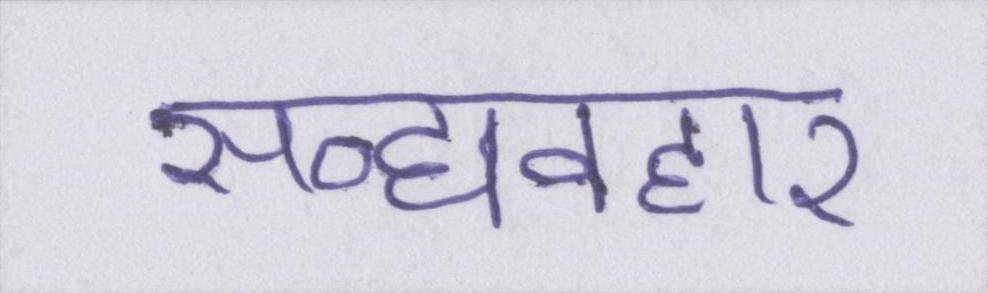
सद्व्यवहार